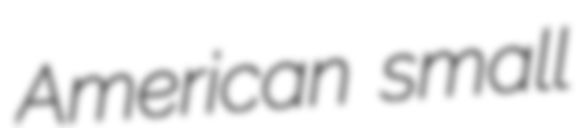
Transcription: American small